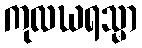
ကုလဃရသ္မာ